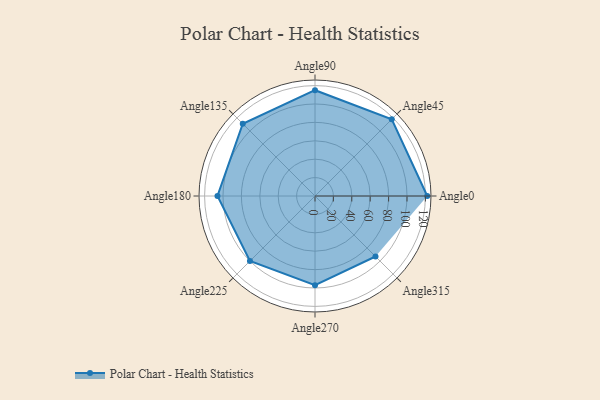
{"axis": {"x": "Angle", "y": "Radius"}, "legend": [""], "data": [{"x": "Angle0", "y": 122.0, "type": ""}, {"x": "Angle45", "y": 118.0, "type": ""}, {"x": "Angle90", "y": 115.0, "type": ""}, {"x": "Angle135", "y": 111.0, "type": ""}, {"x": "Angle180", "y": 106.0, "type": ""}, {"x": "Angle225", "y": 100.0, "type": ""}, {"x": "Angle270", "y": 97.0, "type": ""}, {"x": "Angle315", "y": 93.0, "type": ""}]}